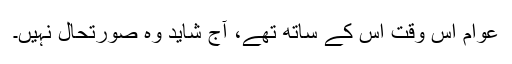
عوام اس وقت اس کے ساتھ تھے، آج شاید وہ صورتحال نہیں۔